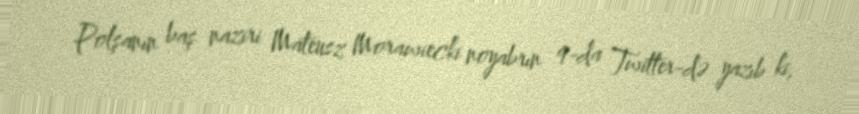
Polşanın baş naziri Mateusz Morawiecki noyabrın 9-da Twitter-də yazıb ki,